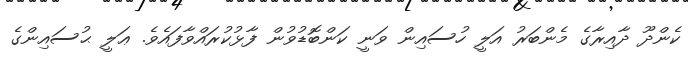
ކެންދޫ ދާއިރާގެ މެންބަރު އަލީ ހުސައިން ވަނީ ކަންބޮޑުވުން ފާޅުކުރައްވާފައެވެ. ޢަލީ ޙުސައިންގެ